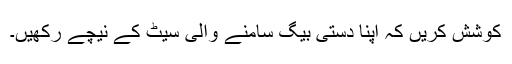
کوشش کریں کہ اپنا دستی بیگ سامنے والی سیٹ کے نیچے رکھیں۔